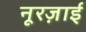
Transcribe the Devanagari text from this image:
नूरज़ाई